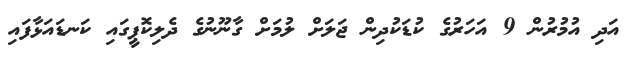
އަދި އުމުރުން 9 އަހަރުގެ ކުޑަކުދިން ޖަލަށް ލުމަށް ގާނޫނުގެ ދެލިކޮޕީގައި ކަނޑައަޅާފައި